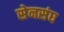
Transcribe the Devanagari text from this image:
सेनसंघ